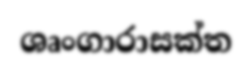
ශෘංගාරාසක්ත